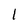
Character: 1